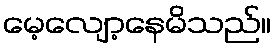
မေ့လျော့နေမိသည်။